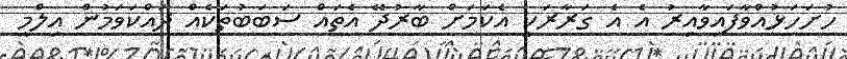
ހުށަހަޅުއްވާފައިވާއިރު އެ އެ ގަރާރަކީ އެކަަމަށް ބާރުދޭ އެތައް ސަބަބުތަކެއް ދައްކަވަމުން އިލްމީ